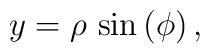
y=\rho \,\sin \left( \phi \right),